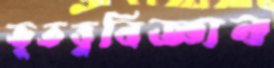
ভূতত্ত্ববিজ্ঞান